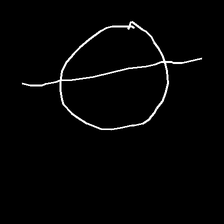
Glyph: orb